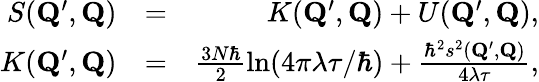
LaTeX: \begin{array}{rlr}{S(\mathbf{Q}^{\prime},\mathbf{Q})}&{=}&{K(\mathbf{Q}^{\prime},\mathbf{Q})+U(\mathbf{Q}^{\prime},\mathbf{Q}),}\\ {K(\mathbf{Q}^{\prime},\mathbf{Q})}&{=}&{\frac{3N\hbar}{2}\ln(4\pi\lambda\tau/\hbar)+\frac{\hbar^{2}s^{2}(\mathbf{Q}^{\prime},\mathbf{Q})}{4\lambda\tau},}\end{array}